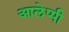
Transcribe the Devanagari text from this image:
आलेप्पी